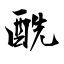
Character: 酰